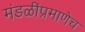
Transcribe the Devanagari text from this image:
मंडळींप्रमाणेच